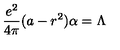
{ \frac { e ^ { 2 } } { 4 \pi } } ( a - r ^ { 2 } ) \alpha = \Lambda